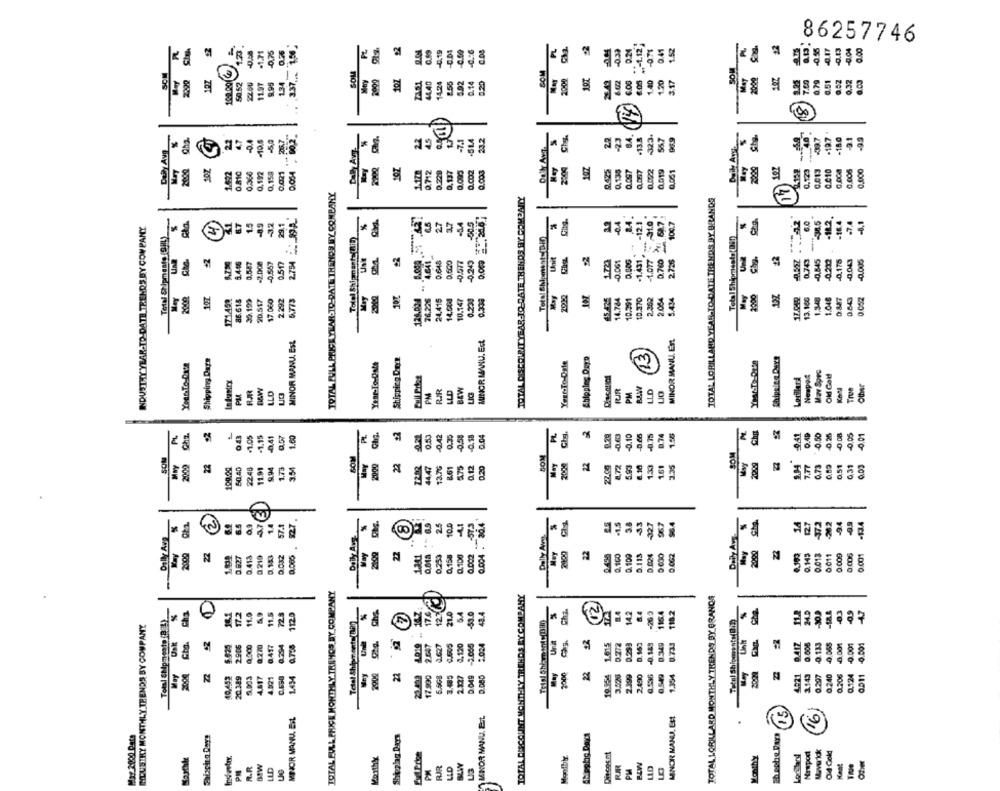
0.25
3.37 .... 1.50
-071
0.41
1.52
86257746
R
-1.71
9.04
4.19
0.6
-0.33
SOM
5.92
0.14
2000
6.002
1.40
1.20
3.17
MAT
100.00
11.97
134
44.45
14.24
8.55
0.20
...
8
Duik Ava
Ghg.
Gha
-0.4
-10.6
-5,0
Daly Avy.
45
S
Cis
-23
.13.8
323.
56.7
40
-197
Daily Avg
FF
2000
May
2000
0,340
0,192
0.158
0.054
0712
0.229
0.137
0.090
0.002
0.003
0.422
0.135
0,057
0.022
0.019
0.001
1.158
0.123
0,013
0.000
0.006
0,000
TOTAL FULL PRICE YEAR-TO-DATE TRENDS MY COMPANY
TOTAL DISCOUNTYEAR-TO-DATE THENDS FY COMPAILY
TOTAL LORILLARD YEAR-TO-DATE TRENDS DY BRANDS
11
%
27
27
1.4
-12.1
-1.077 - 31.0
24: 68.7
100.7
6.0
3A5
12.
-16.4
.7.4
4.1
INDUSTRY YEAR-TO-DATE TRENDS BY COMPANY
-32
201
-04
Total Shipments (CIIL)
Tolal Shipments(RiD)
Total Shipmenty(Din)
Total Shipments(Bif)
--
-1.431
6.446
-2.008
0.648
0.243
-0.061
0.760
2.725
#2
0.743
-0,845
0.212
-0.175
-0.043
-0.005
0.5-87
-0.567
0.517
2.754
2000
171.45%
86.615
30.199
20,517
17.060
2.292
5.773
May
120.004
14,00J
10.147
0.230
14.764
10.391
10.370
2.52
2.064
5.434
May
2200
13.140
1.546
1.046
0 052
MINOR MANU. Ect
MINOR MANU. E'St.
MINOR MANU. Est.
Shipping DayD
13
Year-To-Date
Shipping Days
Year-To-Date
Shipping Doce
Year-To-Date
Mav Spre
Lorillard
Newpol
Old Gold
RIR
BEW
LLD
PM
LLO
PM
LLD
RJR
PM
True
Cha.
043
1.05
0.57
Pt.
0.53
0.42
0.58
0.04
0.10
M
Cha
9.41
0.49
0.50
0.25
-0.08
-0,05
-0.01
-0.41
1.60
0.35
D.74
BOM
SOM
2009
22
100.00
50,40
MAY
2
72.82
13.76
0.12
0.20
May
2000
22
S
6.10
1.33
1.61
1.35
MNy
0.73
0.51
0.31
22.45
11.91
9.94
1.73
3.54
161
475
E
0.004 . 20.4
57.1
$27
S
25
104
Delly Avnet
-1,5
3.8
33
327
967
$6.4
14
127
-372
-26.2
-94
-134
Dolly Avg
8
Daily Av.
2000
22
22
22
D.113
5.024
0.062
2099
0.013
0011
0.009
3.927
0.413
0219
0.153
0.000
1341
0.753
0,150
0,100
D.109
0.001
--
TOTAL FULL PRICE MONTHLY TRAMOS BY COMPANY
TOTAL DISCOUNT MONTHLY TRENDS BY COMDAMY
TOTAL LORILLARD MONTHLY TRENDS BY GRANDS
Total Shipments (? ! )
Cha
172
1.0
11.5
72.8
112.0
17.6
123
21.0
5.4
-53.0
43.4
Cha.
142
8.4
115.4
1182
Total ShipmostyBin
47
INDUSTRY MONTHLY TRENDS BY COMPANY
Telal Shier onta(B2))
Cha.
es
0.772
Usk
2906
0.270
0,417
0.794
Unit
2.647
0,120
2.000
2024
Una
1.015
-0.149
0.349
0.733
0.417
0.005
0.133
0 065
-0.001
-0.001
0.511 -0.001
2000
22
2000
2.399
2020
May
20.189
4.617
4.921
0.638
1.434
Mey
2900
17.990
5.908
3.485
D.049
19.154
2.490
0.536
0.549
1.354
4021
1143
0.207
0240
0.306
0.124
R
MINOR MANU. Eit
MINOR MANU. Ezt
MINOR MANU. Est
Mow: 2000 Date
Shipping Days
Slipptic Days
Nrsport
0:4 Gold
Monthly
Monthly
Monthly
PM
LLD
BLW
BLW
Kent
PM
R.R
L'3
2